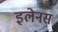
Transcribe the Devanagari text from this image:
इलेनस